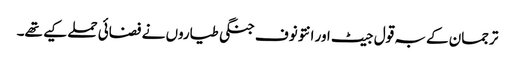
ترجمان کے بہ قول جیٹ اور انتونوف جنگی طیاروں نے فضائی حملے کیے تھے۔